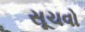
સૂચવો